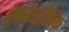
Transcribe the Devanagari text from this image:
सेन्सोट्रॉनिक